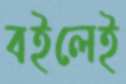
বইলেই